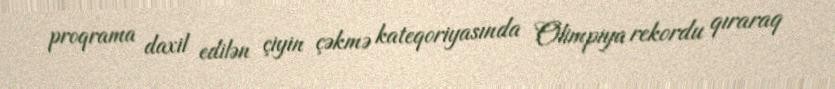
proqrama daxil edilən çiyin çəkmə kateqoriyasında Olimpiya rekordu qıraraq